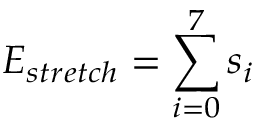
E _ { s t r e t c h } = \sum _ { i = 0 } ^ { 7 } s _ { i }